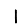
Digit: 1